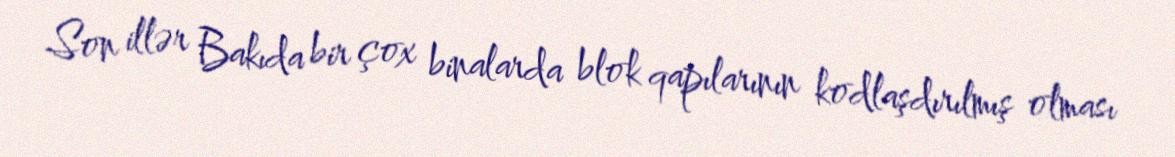
Son illər Bakıda bir çox binalarda blok qapılarının kodlaşdırılmış olması